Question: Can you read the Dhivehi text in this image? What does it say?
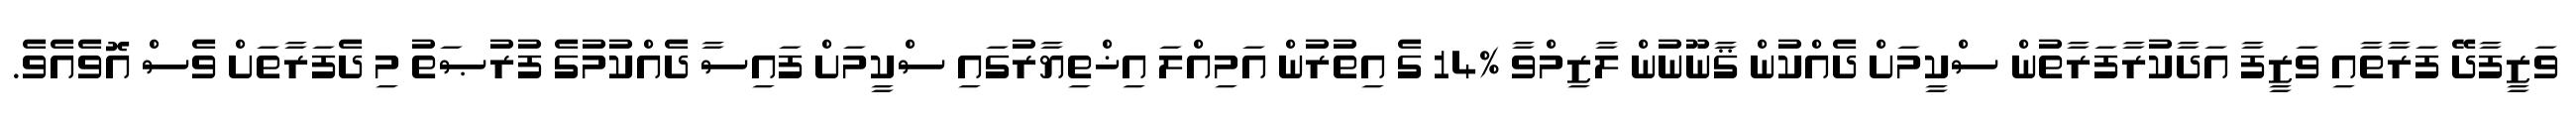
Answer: ވަޒީފާދޭ ފަރާތާއި ވަޒީފާ އަދާކުރާފަރާތުން ސްކީމަށް ދެއްކުން ޤާނޫނުން ލާޒިމްވާ %14 ގެ އިތުރުން އަމިއްލަ އިޚްތިޔާރުގައި ސްކީމަށް ފައިސާ ދެއްކުމުގެ ފުރުޞަތު މި ދެފަރާތަށް ވެސް އޮވެއެވެ.